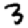
Digit: 3